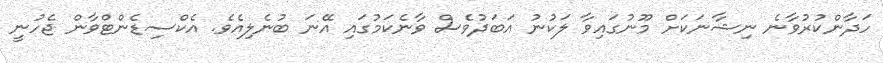
ހަދާންކުރުވާނެ ނިޝާނަކަށް މޫނުގައިވާ ލަކުނު އަބަދުވެސް ވާނެކަމުގައި އޭނަ ބުނެލިއެވެ. އެކްސިޑެންޓްވާން ޖެހުނީ